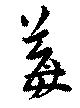
苺